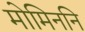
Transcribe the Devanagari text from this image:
मोमिननि